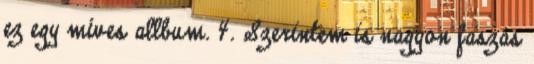
ez egy mí­ves allbum. 4. Szerintem is nagyon faszás